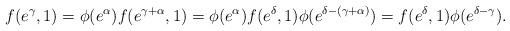
LaTeX: \begin{align*}f(e^{\gamma},1)=\phi(e^{\alpha})f(e^{\gamma+\alpha},1)=\phi(e^{\alpha})f(e^{\delta},1)\phi(e^{\delta-(\gamma+\alpha)})=f(e^{\delta},1)\phi(e^{\delta-\gamma}).\end{align*}